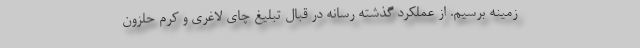
زمینه برسیم. از عملکرد گذشته رسانه در قبال تبلیغ چای لاغری و کرم حلزون